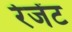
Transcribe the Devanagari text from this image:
रेजेंट